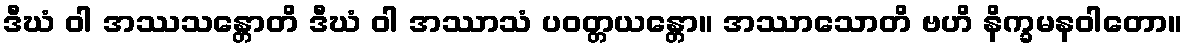
ဒီဃံ ဝါ အဿသန္တောတိ ဒီဃံ ဝါ အဿာသံ ပဝတ္တယန္တော။ အဿာသောတိ ဗဟိ နိက္ခမနဝါတော။